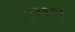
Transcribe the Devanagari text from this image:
४३६९१